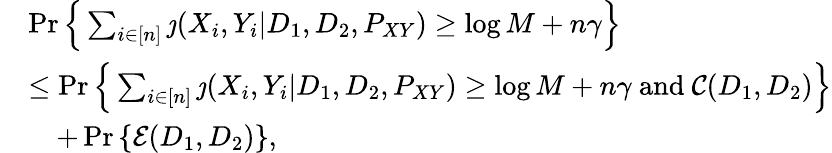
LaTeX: \begin{array}{rl}&{\operatorname*{Pr}\Big\{ \sum_{i\in[n]}\jmath(X_{i},Y_{i}|D_{1},D_{2},P_{XY})\geq\log M+n\gamma\Big\} }\\ &{\leq\operatorname*{Pr}\Big\{ \sum_{i\in[n]}\jmath(X_{i},Y_{i}|D_{1},D_{2},P_{XY})\geq\log M+n\gamma\mathrm{~and~}\mathcal{C}(D_{1},D_{2})\Big\} }\\ &{\quad+\operatorname*{Pr}\left\{ \mathcal{E}(D_{1},D_{2})\right\} ,}\end{array}